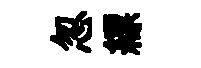
忽縹